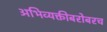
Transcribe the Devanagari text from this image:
अभिव्यक्तीबरोबरच